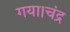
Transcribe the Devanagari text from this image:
गया।चंद्र